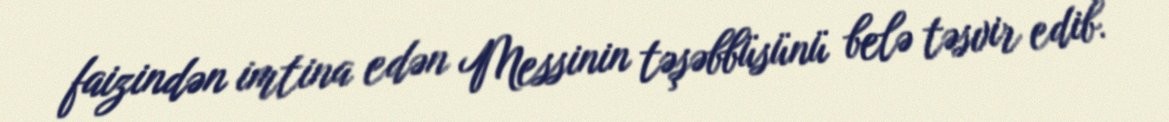
faizindən imtina edən Messinin təşəbbüsünü belə təsvir edib.